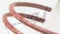
نوبتي